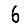
Digit: 6